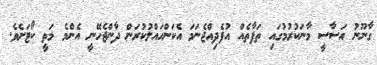
ގާނޫނު އަސާސީ މާނަކުރުމުގައި ތަފާތެއް އުފެދިއްޖެނަމަ އެކަންޙައްލުކުރަން ދާންޖެހޭނީ އެންމެ މަތީ ކޯޓަށެވެ.